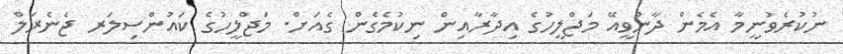
ނުކުރެވުނީމާ އެމެން ދާންވީއޭ މަޖްލީހުގެ އިދާރާއިން ނިކުމެގެން ގެއަށް. މަޖްލީހުގެ ކައުންސިލަރ ޖެނެރަލް